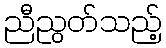
ညီညွတ်သည့်